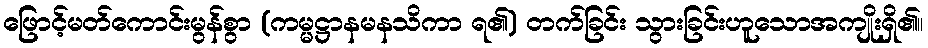
ဖြောင့်မတ်ကောင်းမွန်စွာ (ကမ္မဋ္ဌာနမနသိကာ ရ၏) တက်ခြင်း သွားခြင်းဟူသောအကျိုးရှိ၏။